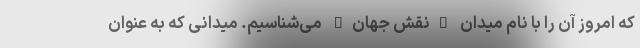
که امروز آن را با نام میدان "نقش جهان" می‌شناسیم. میدانی که به عنوان